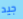
جيد